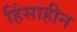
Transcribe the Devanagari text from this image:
हिंसाहीन